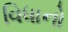
વિધાનો